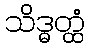
သိဒ္ဓတ္ထံ